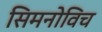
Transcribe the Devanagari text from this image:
सिमनोविच